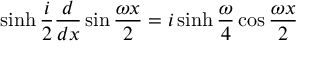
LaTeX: \sinh \frac { i } { 2 } \frac { d } { d x } \sin \frac { \omega x } { 2 } = i \sinh \frac { \omega } { 4 } \cos \frac { \omega x } { 2 }